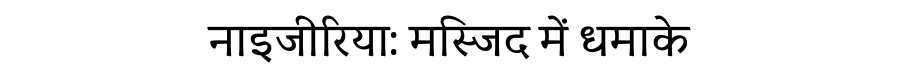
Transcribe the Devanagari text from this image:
नाइजीरिया: मस्जिद में धमाके